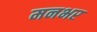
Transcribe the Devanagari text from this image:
मनभर